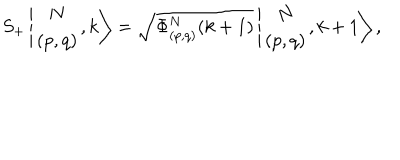
S _ { + } \left\vert \begin{array} { c } { { N } } \\ { { ( p , q ) } } \\ \end{array} , k \right> = \sqrt { \Phi _ { ( p , q ) } ^ { N } ( k + 1 ) } \left\vert \begin{array} { c } { { N } } \\ { { ( p , q ) } } \\ \end{array} , k + 1 \right> ,